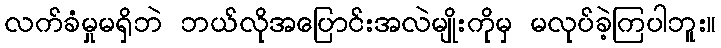
လက်ခံမှုမရှိဘဲ ဘယ်လိုအပြောင်းအလဲမျိုးကိုမှ မလုပ်ခဲ့ကြပါဘူး။